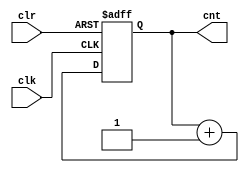
`timescale 1ns / 1ps

module Delay_Control
#(parameter count_init = 3'b100)
(cnt,clk,clr);
input clk,clr;
output [2:0]cnt;

reg [2:0]cnt;
wire [2:0]next_cnt;

assign next_cnt = cnt + 1'b1;  //Just increment by 1

always @ (posedge clk or posedge clr)   
begin
 if(clr)
 begin
 cnt <= count_init;
 end
 else
 begin
 cnt <= next_cnt;
 end
end

endmodule